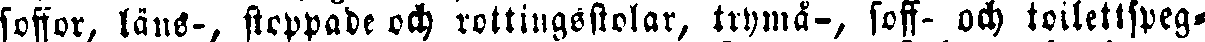
soffor, läns-, stoppade och rottingsstolar, tenmå-, soff- och toilettsveg-